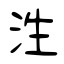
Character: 泩